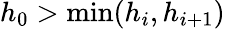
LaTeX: h_{0}>\textrm{min}(h_{i},h_{i+1})